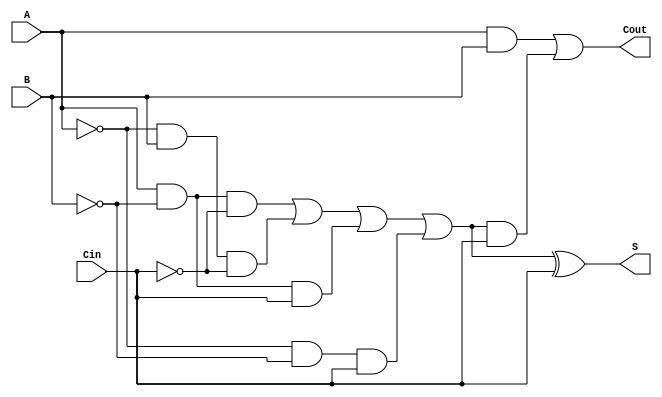
module TransmissionGateFullAdder (
    input wire A,      // First binary input
    input wire B,      // Second binary input
    input wire Cin,    // Carry input
    output wire S,     // Sum output
    output wire Cout   // Carry output
);

// Internal wires for intermediate signals
wire AB, A_xor_B, Cin_xor_A_B;

// Transmission Gate Implementation for XOR (A  B)
assign A_xor_B = (A & ~B & ~Cin) | (~A & B & ~Cin) | (A & ~B & Cin) | (~A & ~B & Cin);

// Transmission Gate Implementation for the Sum (S = A  B  Cin)
assign S = A_xor_B ^ Cin;

// Transmission Gate Implementation for AND (A  B)
assign AB = A & B;

// Transmission Gate Implementation for (A  B)  Cin
assign Cin_xor_A_B = A_xor_B & Cin;

// Carry Output (Cout = (A  B) + (Cin  (A  B)))
assign Cout = AB | Cin_xor_A_B;

endmodule